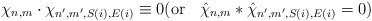
\begin{align*} {\chi}_{n,m} \cdot {\chi}_{n',m',S(i),E(i)}\equiv 0(\mbox{or } \;\; \hat{\chi}_{n,m} * \hat{\chi}_{n',m',S(i),E(i)}= 0)\end{align*}